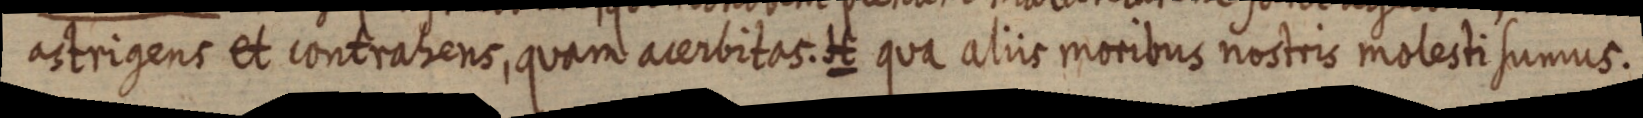
astrigens et contrabens, quam acerbitas. H qua aliis moribus nostris molesti sumus.